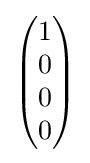
{\begin{pmatrix}1\\0\\0\\0\end{pmatrix}}